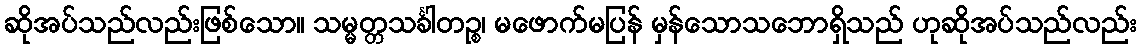
ဆိုအပ်သည်လည်းဖြစ်သော။ သမ္မတ္တသင်္ခါတဉ္စ၊ မဖောက်မပြန် မှန်သောသဘောရှိသည် ဟုဆိုအပ်သည်လည်း